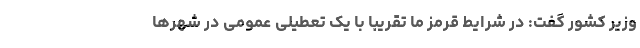
وزیر کشور گفت: در شرایط قرمز ما تقریبا با یک تعطیلی عمومی در شهرها